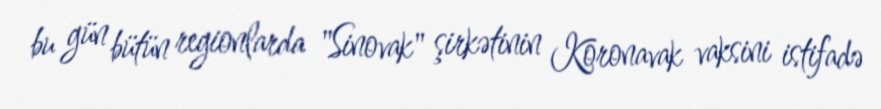
bu gün bütün regionlarda "Sinovak" şirkətinin Koronavak vaksini istifadə